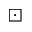
\boxdot